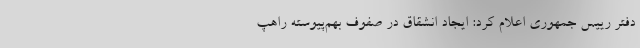
دفتر رییس جمهوری اعلام کرد: ایجاد انشقاق در صفوف بهم‌پیوسته‌ راهپ